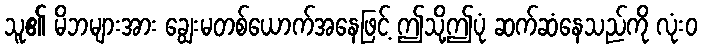
သူ၏ မိဘများအား ချွေးမတစ်ယောက်အနေဖြင့် ဤသို့ဤပုံ ဆက်ဆံနေသည်ကို လုံးဝ